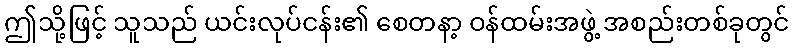
ဤသို့ဖြင့် သူသည် ယင်းလုပ်ငန်း၏ စေတနာ့ ဝန်ထမ်းအဖွဲ့ အစည်းတစ်ခုတွင်